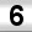
Digit: 6